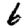
Digit: 6